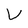
Character: V